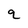
Character: q